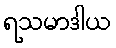
ရသမာဒါယ